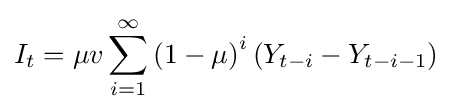
I_{t}=\mu v\sum _{i=1}^{\infty }\left(1-\mu \right)^{i}\left(Y_{t-i}-Y_{t-i-1}\right)